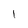
Character: l